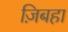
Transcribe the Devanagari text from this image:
ज़िबहा